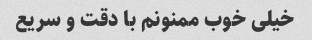
خیلی خوب ممنونم با دقت و سریع